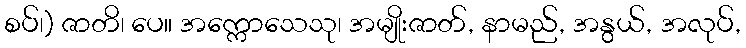
စပ်၊) ဇာတိ၊ ပေ။ အက္ကောသေသု၊ အမျိုးဇာတ်, နာမည်, အနွယ်, အလုပ်,